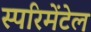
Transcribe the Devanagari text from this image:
स्परिमेंटेल